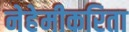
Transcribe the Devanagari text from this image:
नेहेमीकरिता